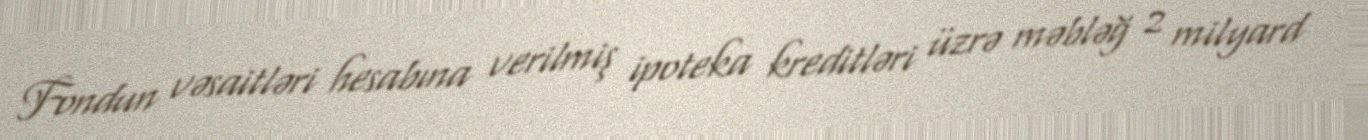
Fondun vəsaitləri hesabına verilmiş ipoteka kreditləri üzrə məbləğ 2 milyard